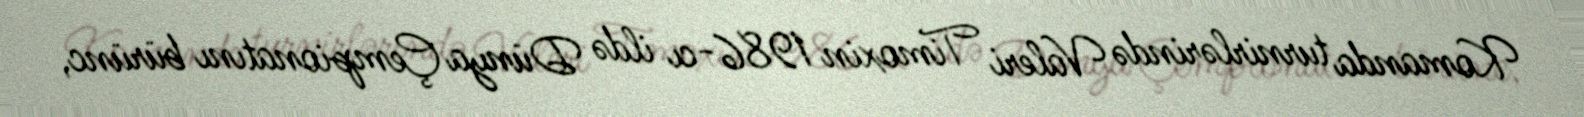
Komanda turnirlərində Valeri Timoxin 1986-cı ildə Dünya Çempionatını bürünc,